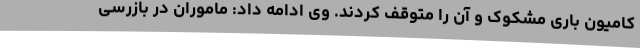
کامیون باری مشکوک و آن را متوقف کردند. وی ادامه داد: ماموران در بازرسی